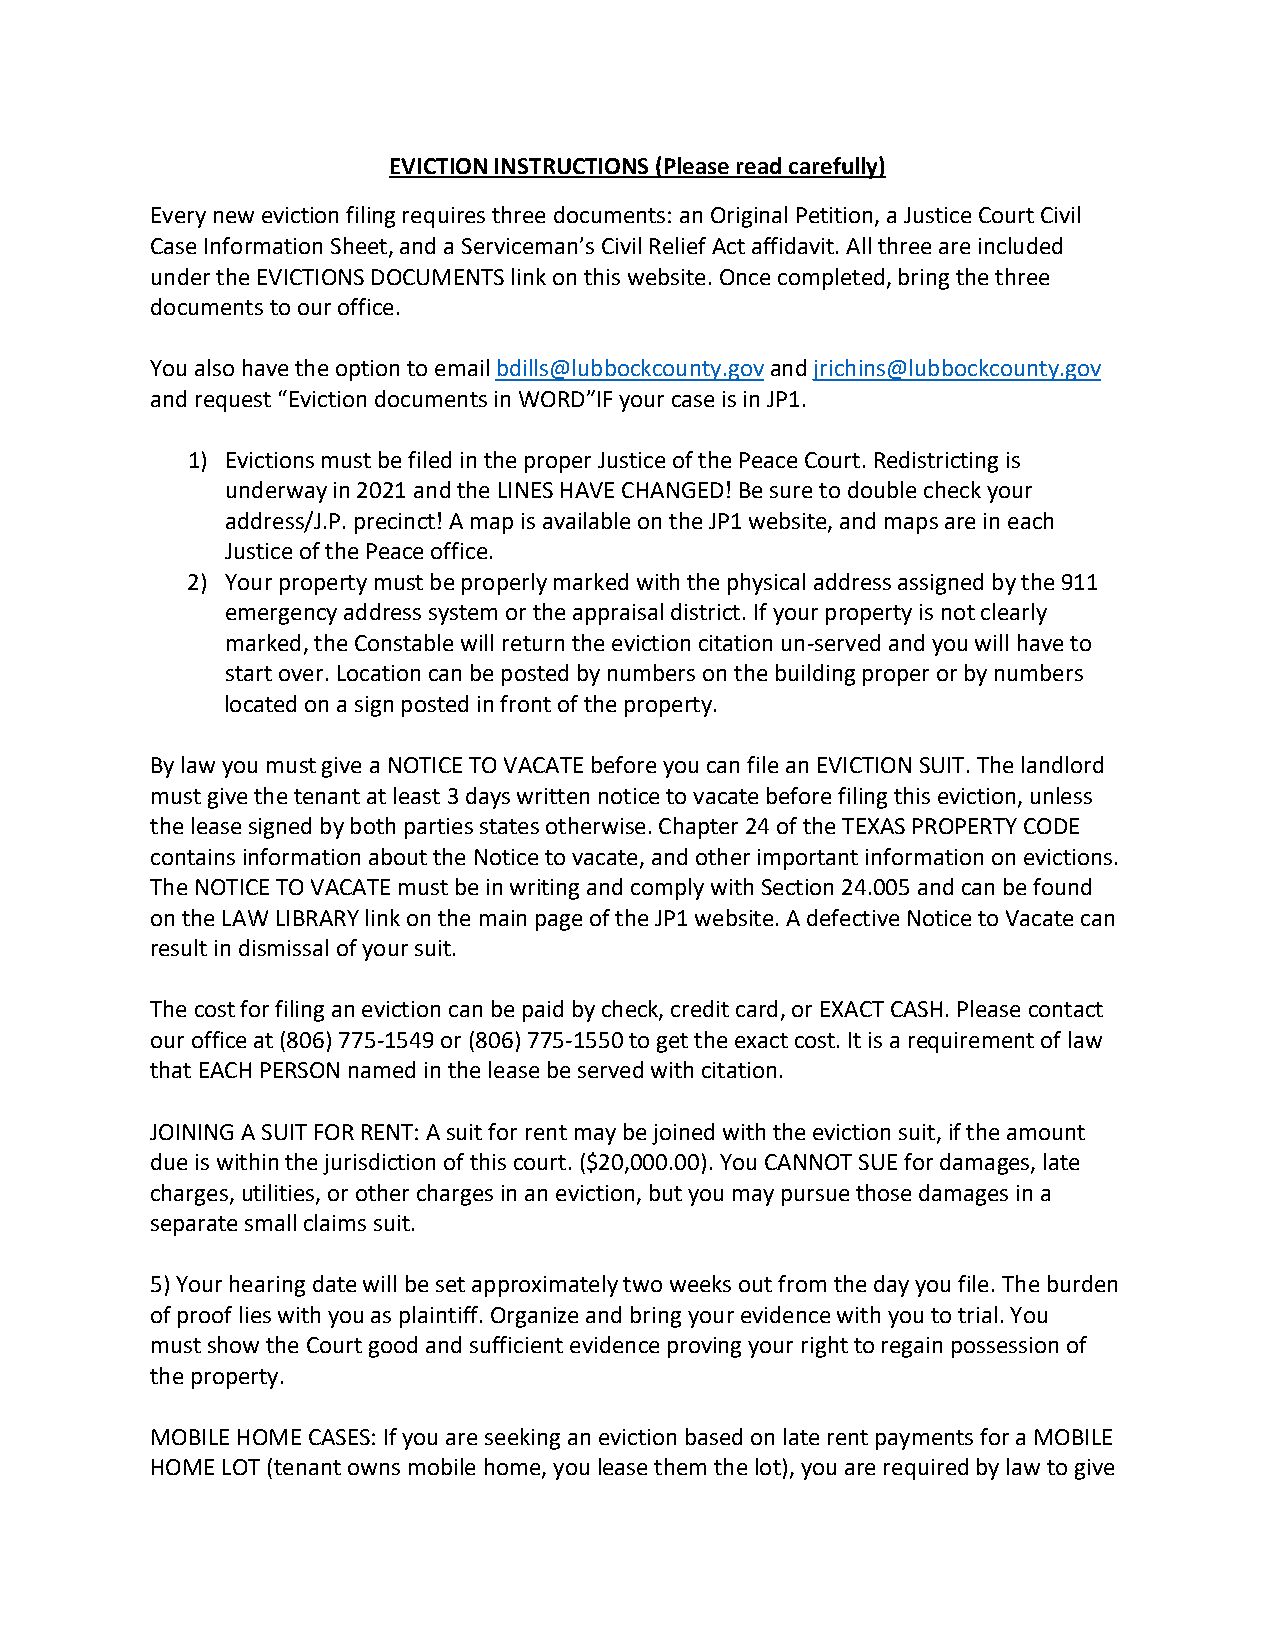
EVICTION INSTRUCTIONS (Please read carefully)
 Every new eviction filing requires three documents: an Original Petition, a Justice Court Civil
 Case Information Sheet, and a Serviceman’s Civil Relief Act affidavit. All three are included
 under the EVICTIONS DOCUMENTS link on this website. Once completed, bring the three
 documents to our office.
 You also have the option to email bdills@lubbockcounty.gov and jrichins@lubbockcounty.gov
 and request “Eviction documents in WORD”IF your case is in JP1.
 1) Evictions must be filed in the proper Justice of the Peace Court. Redistricting is
 underway in 2021 and the LINES HAVE CHANGED! Be sure to double check your
 address/J.P. precinct! A map is available on the JP1 website, and maps are in each
 Justice of the Peace office.
 2) Your property must be properly marked with the physical address assigned by the 911
 emergency address system or the appraisal district. If your property is not clearly
 marked, the Constable will return the eviction citation un-served and you will have to
 start over. Location can be posted by numbers on the building proper or by numbers
 located on a sign posted in front of the property.
 By law you must give a NOTICE TO VACATE before you can file an EVICTION SUIT. The landlord
 must give the tenant at least 3 days written notice to vacate before filing this eviction, unless
 the lease signed by both parties states otherwise. Chapter 24 of the TEXAS PROPERTY CODE
 contains information about the Notice to vacate, and other important information on evictions.
 The NOTICE TO VACATE must be in writing and comply with Section 24.005 and can be found
 on the LAW LIBRARY link on the main page of the JP1 website. A defective Notice to Vacate can
 result in dismissal of your suit.
 The cost for filing an eviction can be paid by check, credit card, or EXACT CASH. Please contact
 our office at (806) 775-1549 or (806) 775-1550 to get the exact cost. It is a requirement of law
 that EACH PERSON named in the lease be served with citation.
 JOINING A SUIT FOR RENT: A suit for rent may be joined with the eviction suit, if the amount
 due is within the jurisdiction of this court. ($20,000.00). You CANNOT SUE for damages, late
 charges, utilities, or other charges in an eviction, but you may pursue those damages in a
 separate small claims suit.
 5) Your hearing date will be set approximately two weeks out from the day you file. The burden
 of proof lies with you as plaintiff. Organize and bring your evidence with you to trial. You
 must show the Court good and sufficient evidence proving your right to regain possession of
 the property.
 MOBILE HOME CASES: If you are seeking an eviction based on late rent payments for a MOBILE
 HOME LOT (tenant owns mobile home, you lease them the lot), you are required by law to give